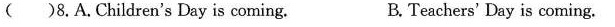
( )8.A.Children's Day is coming. B. Teachers' Day is coming.